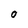
Character: O